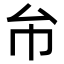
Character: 𢁔